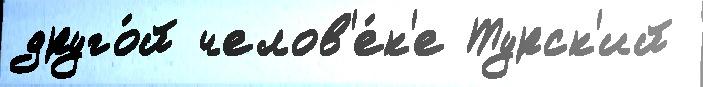
друго́й челов'е́к'е Турск'ий